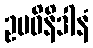
ဥပဓိနိဒါနံ